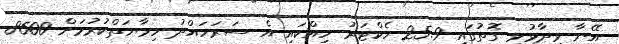
އޭނާ ވިދާޅުވި ގޮތުގައި 25.9 ހެކްޓަރު ހިއްކައި އެ ސަރަހައްދު ހިމާޔަތްކުރުމަށް 8600